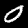
Label: 0